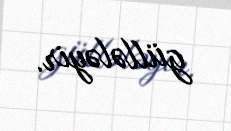
güllələyir.